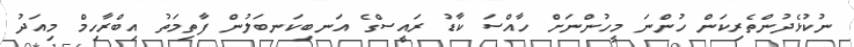
ނުކުޅެދުންތެރިކަން ހުންނަ މީހުންނަށް ހާއްސަ ކާޑު ރައީސްގެ އަނބިކަނބަލުން ފާތިމަތު އިބްރާހިމް މިއަދު